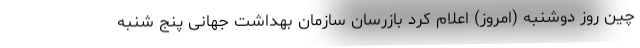
چین روز دوشنبه (امروز) اعلام کرد بازرسان سازمان بهداشت جهانی پنج شنبه